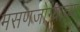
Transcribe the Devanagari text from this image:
मसणजोग्याच्या